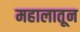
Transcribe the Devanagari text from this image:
महालातून